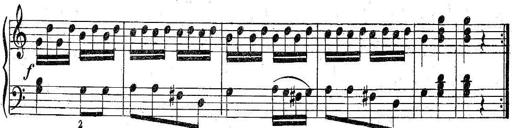
Title: 6 Easy Sonatinas
Composer: Carl Czerny